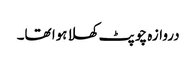
دروازہ چوپٹ کھلا ہوا تھا۔